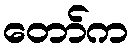
တော်က